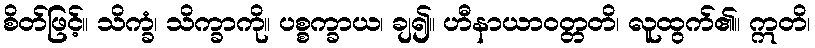
စိတ်ဖြင့်။ သိက္ခံ၊ သိက္ခာကို။ ပစ္စက္ခာယ၊ ချ၍။ ဟီနာယာဝတ္တတိ၊ လူထွက်၏။ ဣတိ၊